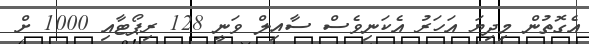
އެގޮތުން މިދިޔަ އަހަރު އެކަނިވެސް ސާއިލް ވަނީ 128 ރިޕޯޓާއި 1000 ށް